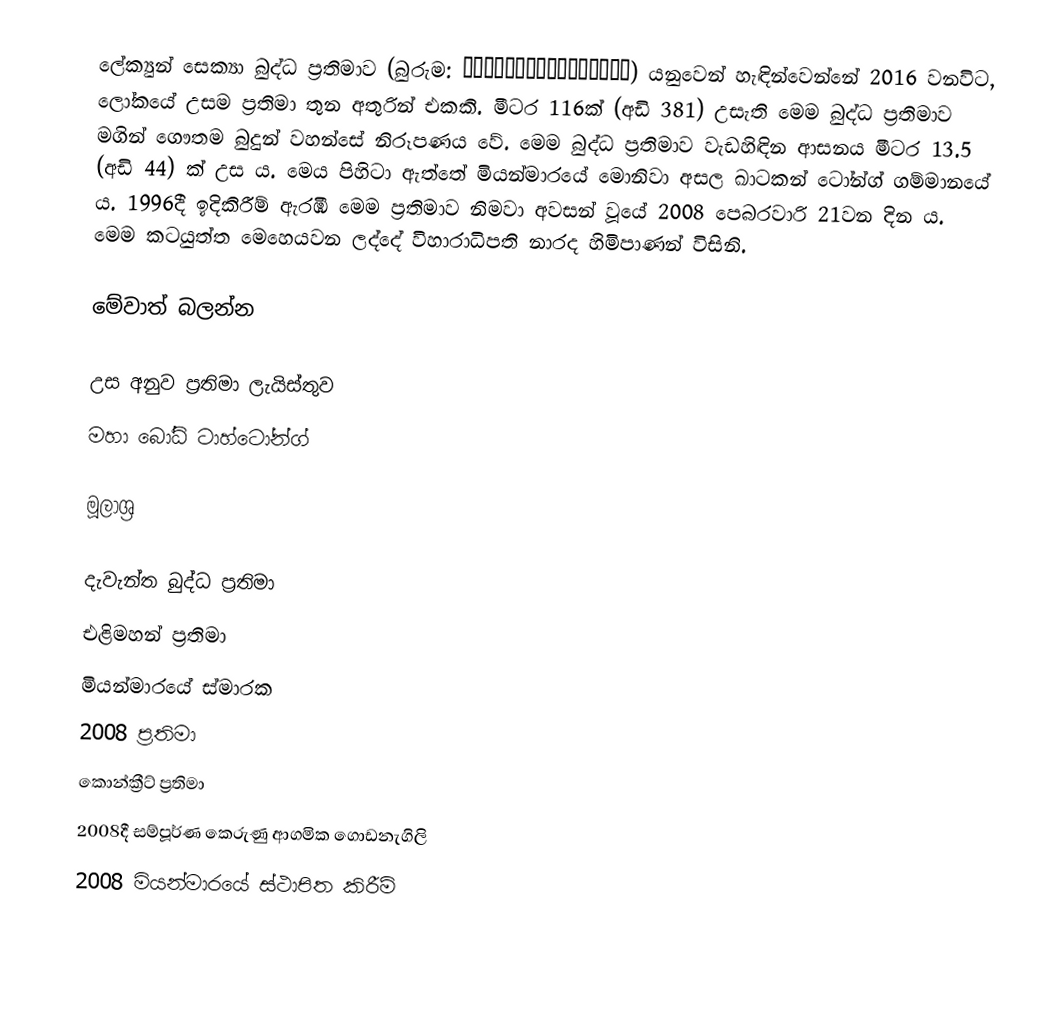
ලේක්‍යුන් සෙක්‍යා බුද්ධ ප්‍රතිමාව (බුරුම: လေးကျွန်းစင်္ကြာ) යනුවෙන් හැඳින්වෙන්නේ 2016 වනවිට, ලෝකයේ උසම ප්‍රතිමා තුන අතුරින් එකකි. මීටර 116ක් (අඩි 381) උසැති මෙම බුද්ධ ප්‍රතිමාව මගින් ගෞතම බුදුන් වහන්සේ නිරූපණය වේ. මෙම බුද්ධ ප්‍රතිමාව වැඩහිඳින ආසනය මීටර 13.5 (අඩි 44) ක් උස ය. මෙය පිහිටා ඇත්තේ මියන්මාරයේ මොනිවා අසල ඛාටකන් ටෝන්ග් ගම්මානයේ ය. 1996දී ඉදිකිරීම් ඇරඹි මෙම ප්‍රතිමාව නිමවා අවසන් වූයේ 2008 පෙබරවාරි 21වන දින ය. මෙම කටයුත්ත මෙහෙයවන ලද්දේ විහාරාධිපති නාරද හිමිපාණන් විසිනි.

මේවාත් බලන්න

උස අනුව ප්‍රතිමා ලැයිස්තුව
මහා බෝධි ටාහ්ටෝන්ග්

මූලාශ්‍ර

දැවැන්ත බුද්ධ ප්‍රතිමා
එළිමහන් ප්‍රතිමා
මියන්මාරයේ ස්මාරක
2008 ප්‍රතිමා
කොන්ක්‍රීට් ප්‍රතිමා
2008දී සම්පූර්ණ කෙරුණු ආගමික‍ ගොඩනැගිලි
2008 මියන්මාරයේ ස්ථාපිත කිරීම්